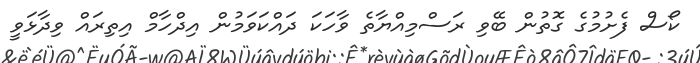
ކޯސް ފެށުމުގެ ގޮތުން ބޭވި ރަސްމިއްޔާތެ ވާހަކަ ދައްކަވަމުން އިދްހާމް އިތިރައް ވިދާޅަވީ